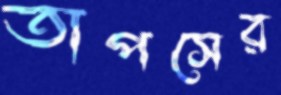
তাপসের